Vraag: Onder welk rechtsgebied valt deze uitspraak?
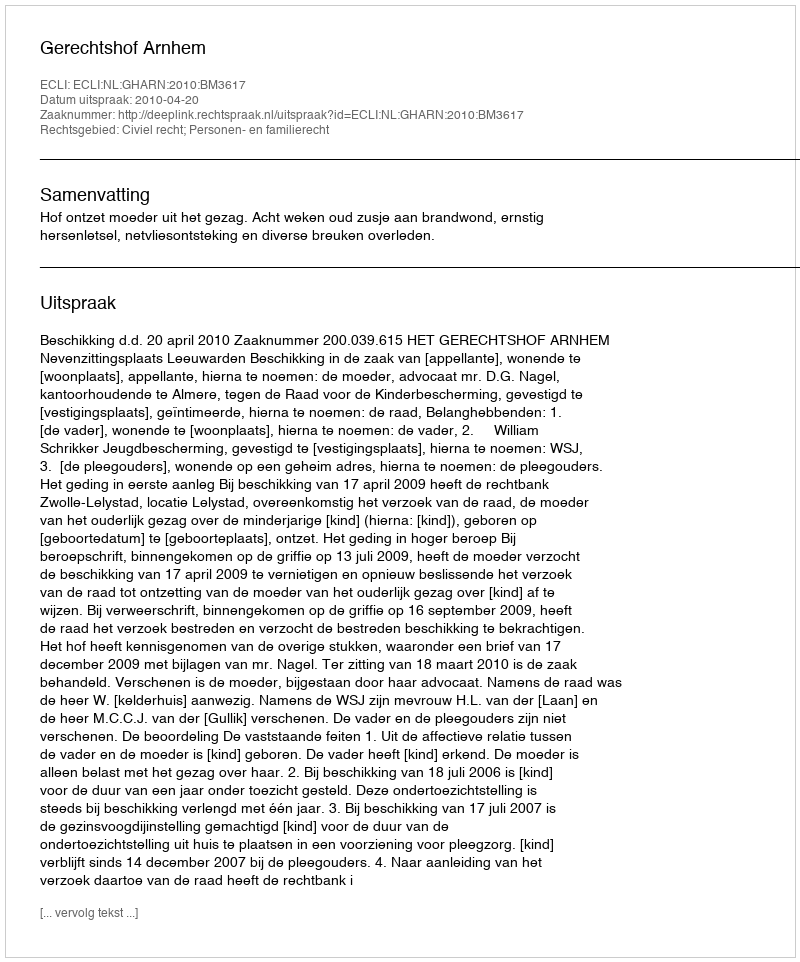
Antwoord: Civiel recht; Personen- en familierecht